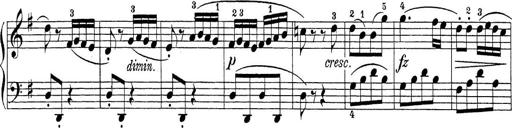
Title: Sonatina Album
Composer: Louis KÃ¶hler